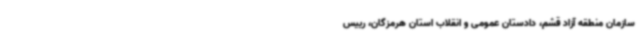
سازمان منطقه آزاد قشم، دادستان عمومی و انقلاب استان هرمزگان، رییس